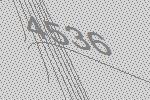
4536